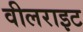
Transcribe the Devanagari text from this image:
वीलराइट